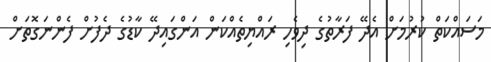
މަސައްކަތް ކުރުމަށް އެދޭ ފަރާތުގެ ދިވެހި ރައްޔިތެއްކަން އަންގައިދޭ ކާޑުގެ ދެފުށް ފެންނަގޮތަށް